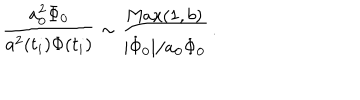
{ \frac { a _ { 0 } ^ { 2 } \Phi _ { 0 } } { a ^ { 2 } ( t _ { i } ) \Phi ( t _ { i } ) } } \sim { \frac { \mathrm { M a x } ( 1 , b ) } { | { \dot { \Phi } _ { 0 } } | / a _ { 0 } \Phi _ { 0 } } } \, .